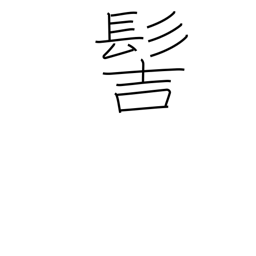
Meaning: samurai topknot